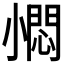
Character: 𡮬